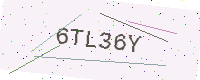
Text: 6TL36Y